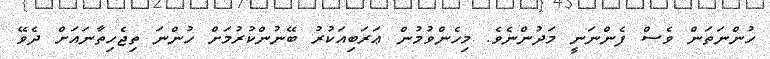
ހުންނަތަން ވެސް ފެންނަނީ މަދުންނެވެ. މިހެންވުމުން ޢަރަބިއަކުރު ބޭނުންކުރުމަށް ހުންނަ ތިޖެހިތާނައަށް ދެވޭ